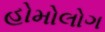
હોમોલોગ